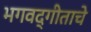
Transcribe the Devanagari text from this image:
भगवद्गीताचे